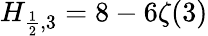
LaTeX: H_{{\frac{1}{2}},3}=8-6\zeta(3)